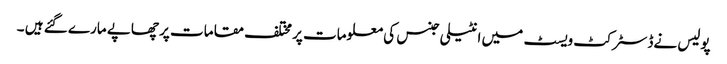
پولیس نےڈسٹرکٹ ویسٹ میں انٹیلی جنس کی معلومات پر مختلف مقامات پر چھاپے مارے گئے ہیں ۔